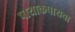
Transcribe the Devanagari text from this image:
पायाकपायचा